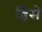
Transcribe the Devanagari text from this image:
डिसें